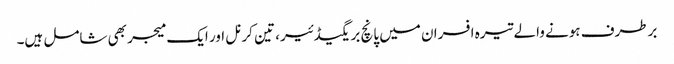
برطرف ہونے والے تیرہ افسران میں پانچ بریگیڈئیر، تین کرنل اور ایک میجر بھی شامل ہیں۔